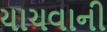
યાચવાની